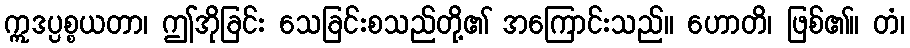
ဣဒပ္ပစ္စယတာ၊ ဤအိုခြင်း သေခြင်းစသည်တို့၏ အကြောင်းသည်။ ဟောတိ၊ ဖြစ်၏။ တံ၊